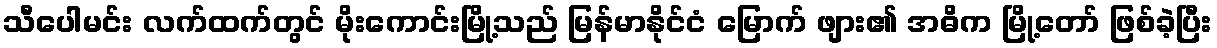
သီပေါမင်း လက်ထက်တွင် မိုးကောင်းမြို့သည် မြန်မာနိုင်ငံ မြောက် ဖျား၏ အဓိက မြို့တော် ဖြစ်ခဲ့ပြီး